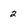
Character: 2